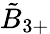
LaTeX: {\tilde{B}}_{3+}